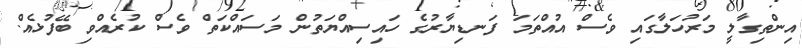
އިންތިގާލީ މަރުހަލާގައި ވެސް އުއްތަމަ ފަނޑިޔާރުގެ ހައިސިއްޔަތުން މަސައްކަތް ވެސް ކުރެއްވި ބޭފުޅެއް.